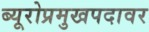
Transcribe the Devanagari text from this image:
ब्यूरोप्रमुखपदावर